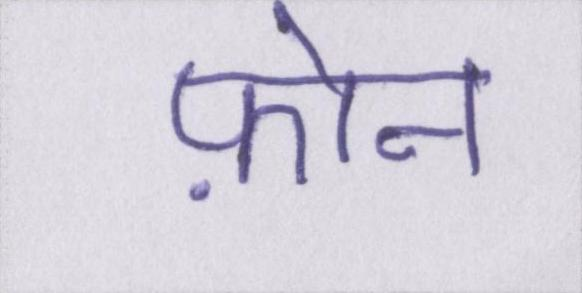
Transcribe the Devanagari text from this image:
फ़ोन